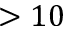
> 1 0